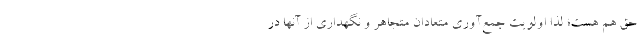
حق هم هست؛ لذا اولویت جمع‌آوری متعادان متجاهر و نگهداری از آنها در